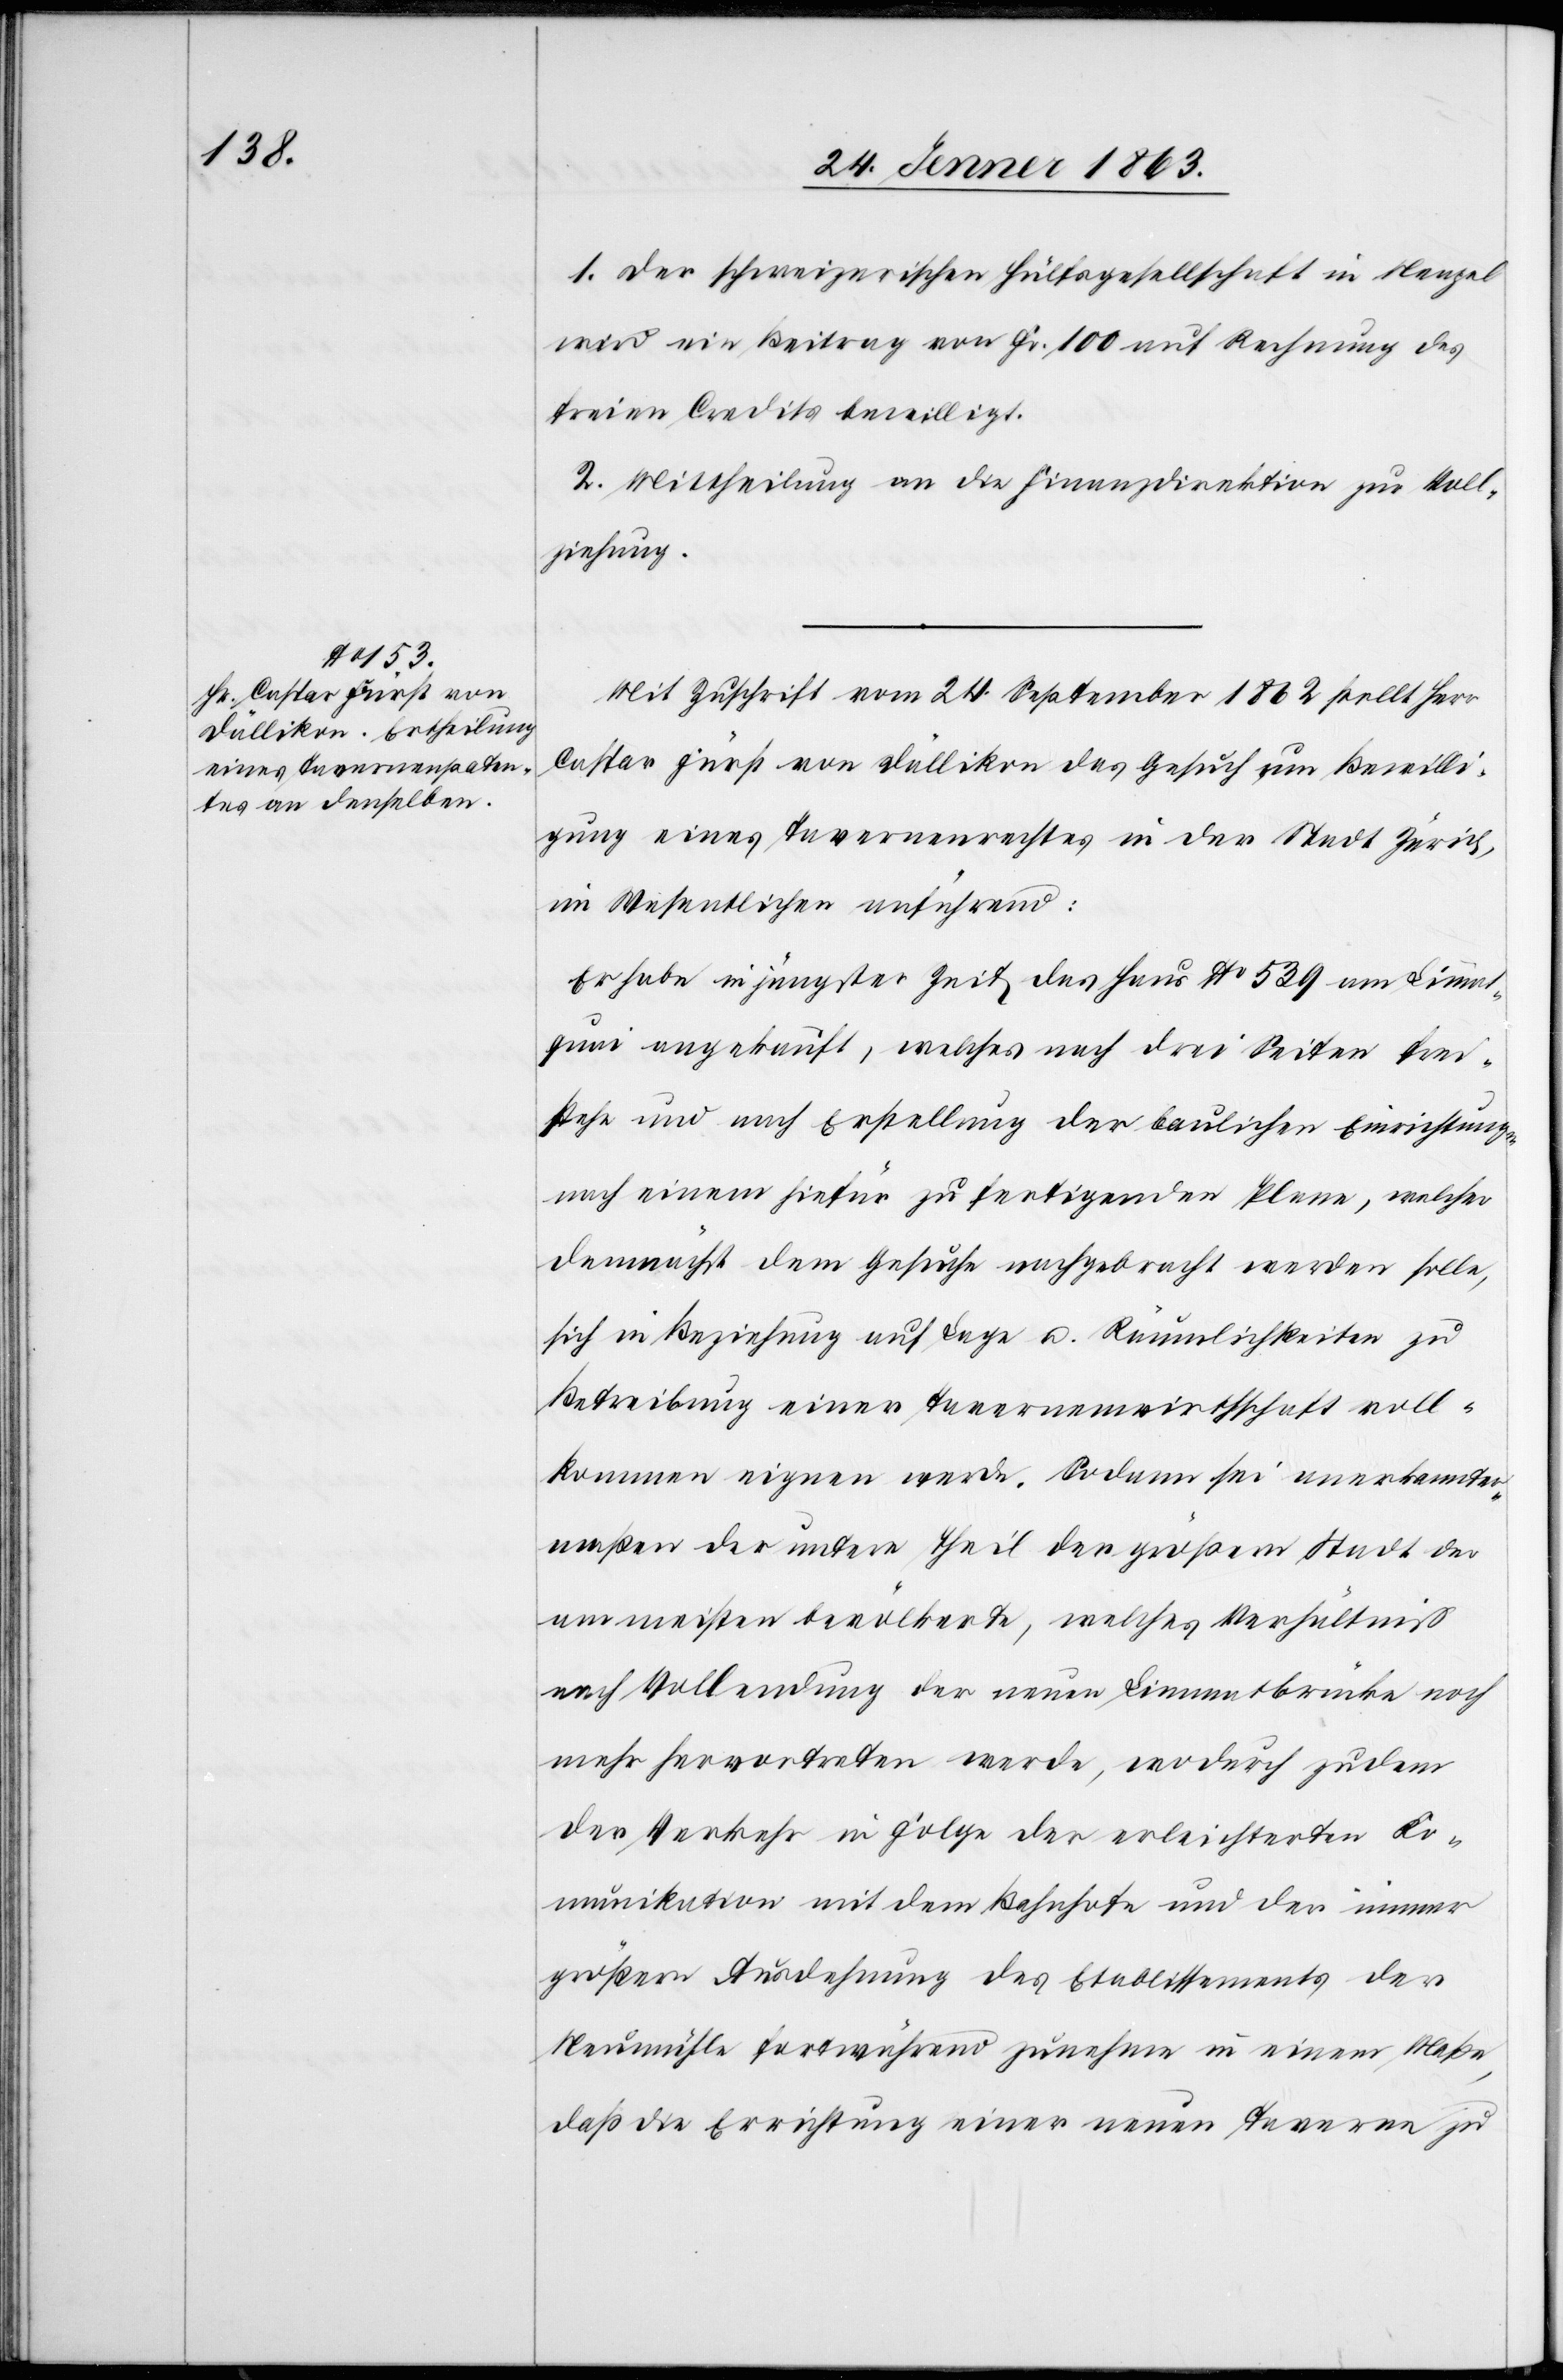
1. Der schweizerischen Hülfsgesellschaft in Neapel
wird ein Beitrag von Fr. 100 auf Rechnung des
freien Credits bewilligt.
2. Mittheilung an die Finanzdirektion zur Voll¬
ziehung.
Mit Zuschrift vom 24. September 1862 stellt Herr
Caspar Fürst von Dällikon das Gesuch um Bewilli¬
gung eines Tavernenrechtes in der Stadt Zürich,
im Wesentlichen anführend:
Er habe in jüngster Zeit das Haus No 539 am Limmat¬
quai angekauft, welches nach drei Seiten frei¬
stehe und nach Erstellung der baulichen Einrichtungen
nach einem hiefür zu fertigenden Plane, welcher
demnächst dem Gesuche nachgebracht werden solle,
sich in Beziehung auf Lage u. Räumlichkeiten zu
Betreibung einer Tavernenwirthschaft voll¬
kommen eignen werde. Sodann sei anerkannter¬
maßen der untere Theil der größern Stadt der
am meisten bevölkerte, welches Verhältniß
nach Vollendung der neuen Limmatbrücke noch
mehr hervortreten werde, wodurch zudem
der Verkehr in Folge der erleichterten Ko¬
mmunikation mit dem Bahnhofe und der immer
größern Ausdehnung des Etablissements der
Neumühle fortwährend zunehme in einem Maße,
daß die Errichtung einer neuen Taverne zu